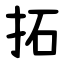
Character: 拓